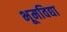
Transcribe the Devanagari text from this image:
भूमविद्या